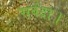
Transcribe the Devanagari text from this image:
सर्वदा।